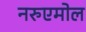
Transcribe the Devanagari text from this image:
नरुएमोल